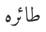
طائره